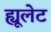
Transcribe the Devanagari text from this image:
ह्यूलेट